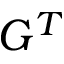
G ^ { T }